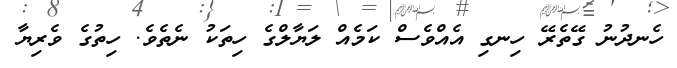
ހެނދުނު ގޭތެރޭ ހިނގި އެއްވެސް ކަމެއް ލަޔާލްގެ ހިތަކު ނެތެވެ. ހިތުގެ ވެރިޔާ